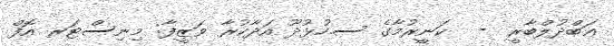
ޢަބްދުލްބާރީ  -  ކަނީރުމާގެ ސ.ހުޅުދޫ އަދާކުރާ ވަޒީފާ: މިނިސްޓަރ އޮފް